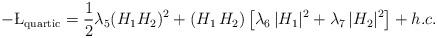
LaTeX: \begin{align*}-\L_{\rm quartic}=\frac{1}{2}\lambda_5 (H_1 H_2)^2+(H_1\,H_2)\left[\lambda_6\, |H_1|^2+\lambda_7\, |H_2|^2\right]+h.c.\end{align*}